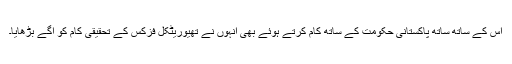
اس کے ساتھ ساتھ پاکستانی حکومت کے ساتھ کام کرتے ہوئے بھی انہوں نے تھیوریٹکل فزکس کے تحقیقی کام کو آگے بڑھایا۔